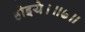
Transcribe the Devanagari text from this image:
होइये।॥७॥